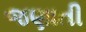
જણાતી